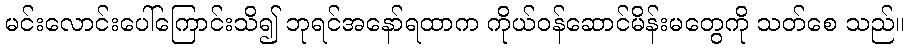
မင်းလောင်းပေါ်ကြောင်းသိ၍ ဘုရင်အနော်ရထာက ကိုယ်ဝန်ဆောင်မိန်းမတွေကို သတ်စေ သည်။